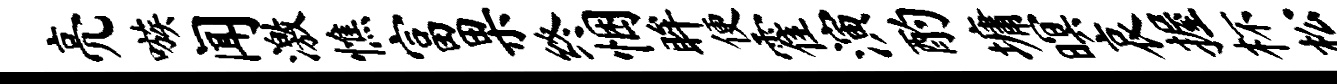
亮嗾闻激憔富果终悃眸便霍演酌墉暝哀握杯松